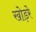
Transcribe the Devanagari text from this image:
खोड़रे